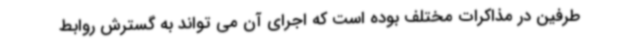
طرفین در مذاکرات مختلف بوده است که اجرای آن می تواند به گسترش روابط